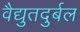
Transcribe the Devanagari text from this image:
वैद्युतदुर्बल